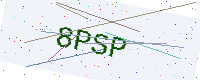
Text: 8PSP